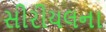
સીરીયલના